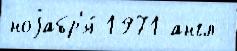
ноjабр'я́ 1971 англ